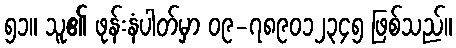
၅၁။ သူ၏ ဖုန်းနံပါတ်မှာ ၀၉-၇၈၉၀၁၂၃၄၅ ဖြစ်သည်။